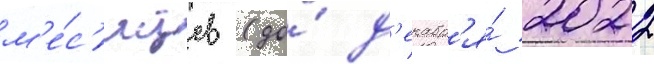
м'е́с'яцев (до́ д'екабр'я́ 2022